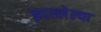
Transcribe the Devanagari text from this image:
झाल्लेल्या